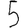
Digit: 5